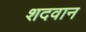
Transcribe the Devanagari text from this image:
शदवान